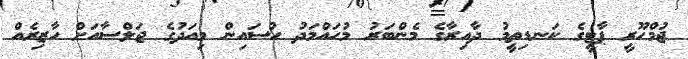
ޖުމްހޫރީ ޕާޓީގެ ކަނޑިތީމު ދާއިރާގެ މެންބަރު މުހައްމަދު ހުސައިން މިއަދުގެ ޖަލްސާއަށް ހާޒިރެއް